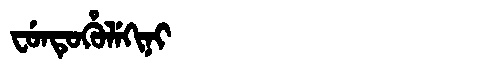
Manchu: ᠸᡠᠨᡨᡠᡥᡠᠯᡝᡴᡳᠨᡳ
Romanization: FUNTUHULEKINI